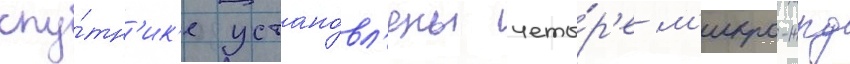
спу́тн'ик'е устано́вл'ены четы́р'е м'икро-жрд